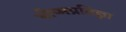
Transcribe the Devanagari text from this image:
भीष्मप्रतिज्ञा